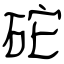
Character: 砣